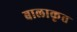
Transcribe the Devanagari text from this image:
बालाकृत